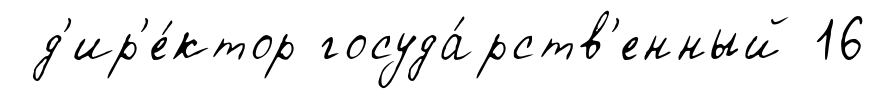
д'ир'е́ктор госуда́рств'енный 16